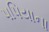
પપિયાના